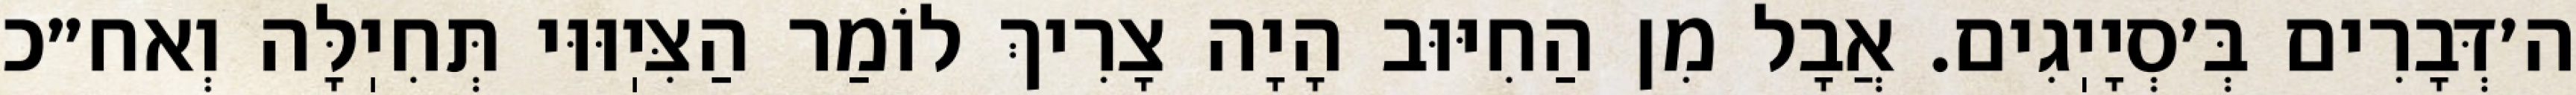
ה׳דְּבָרִים בְּ׳סְיָיֽגִים. אֲבָל מִן הַחִיּוּב הָיָה צָרִיךְ לוֹמַר הַצִּיֽוּוּי תְּחִיֽלָּה וְאח״כ